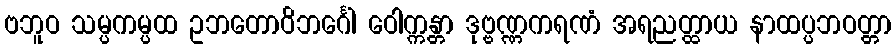
ဗဘူဝ သမ္ပကမ္ပထ ဥဘတောဝိဘင်္ဂေါ ဝေါက္ကန္တာ ဒုဗ္ဗဏ္ဏကရဏံ အရညတ္ထာယ နာထပ္ပဘဝတ္တာ